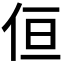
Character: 𠈗